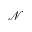
\mathcal { N }